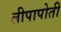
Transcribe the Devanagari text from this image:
लीपापोती